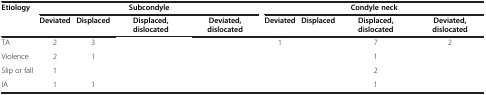
<table><thead><tr><td><b>Etiology</b></td><td colspan="4"><b>Subcondyle</b></td><td colspan="4"><b>Condyle neck</b></td></tr><tr><td><b> </b></td><td><b>Deviated</b></td><td><b>Displaced</b></td><td><b>Displaced, dislocated</b></td><td><b>Deviated, dislocated</b></td><td><b>Deviated</b></td><td><b>Displaced</b></td><td><b>Displaced, dislocated</b></td><td><b>Deviated, dislocated</b></td></tr></thead><tbody><tr><td>TA</td><td>2</td><td>3</td><td> </td><td> </td><td>1</td><td> </td><td>7</td><td>2</td></tr><tr><td>Violence</td><td>2</td><td>1</td><td> </td><td> </td><td> </td><td> </td><td>1</td><td> </td></tr><tr><td>Slip or fall</td><td>1</td><td> </td><td> </td><td> </td><td> </td><td> </td><td>2</td><td> </td></tr><tr><td>IA</td><td>1</td><td>1</td><td> </td><td> </td><td> </td><td> </td><td>1</td><td> </td></tr></tbody></table>